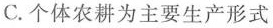
C. 个体农耕为主要生产形式